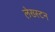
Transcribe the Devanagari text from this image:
लेख्स्टन